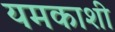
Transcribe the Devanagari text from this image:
यमकाशी